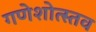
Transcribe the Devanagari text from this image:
गणेशोत्स्तव